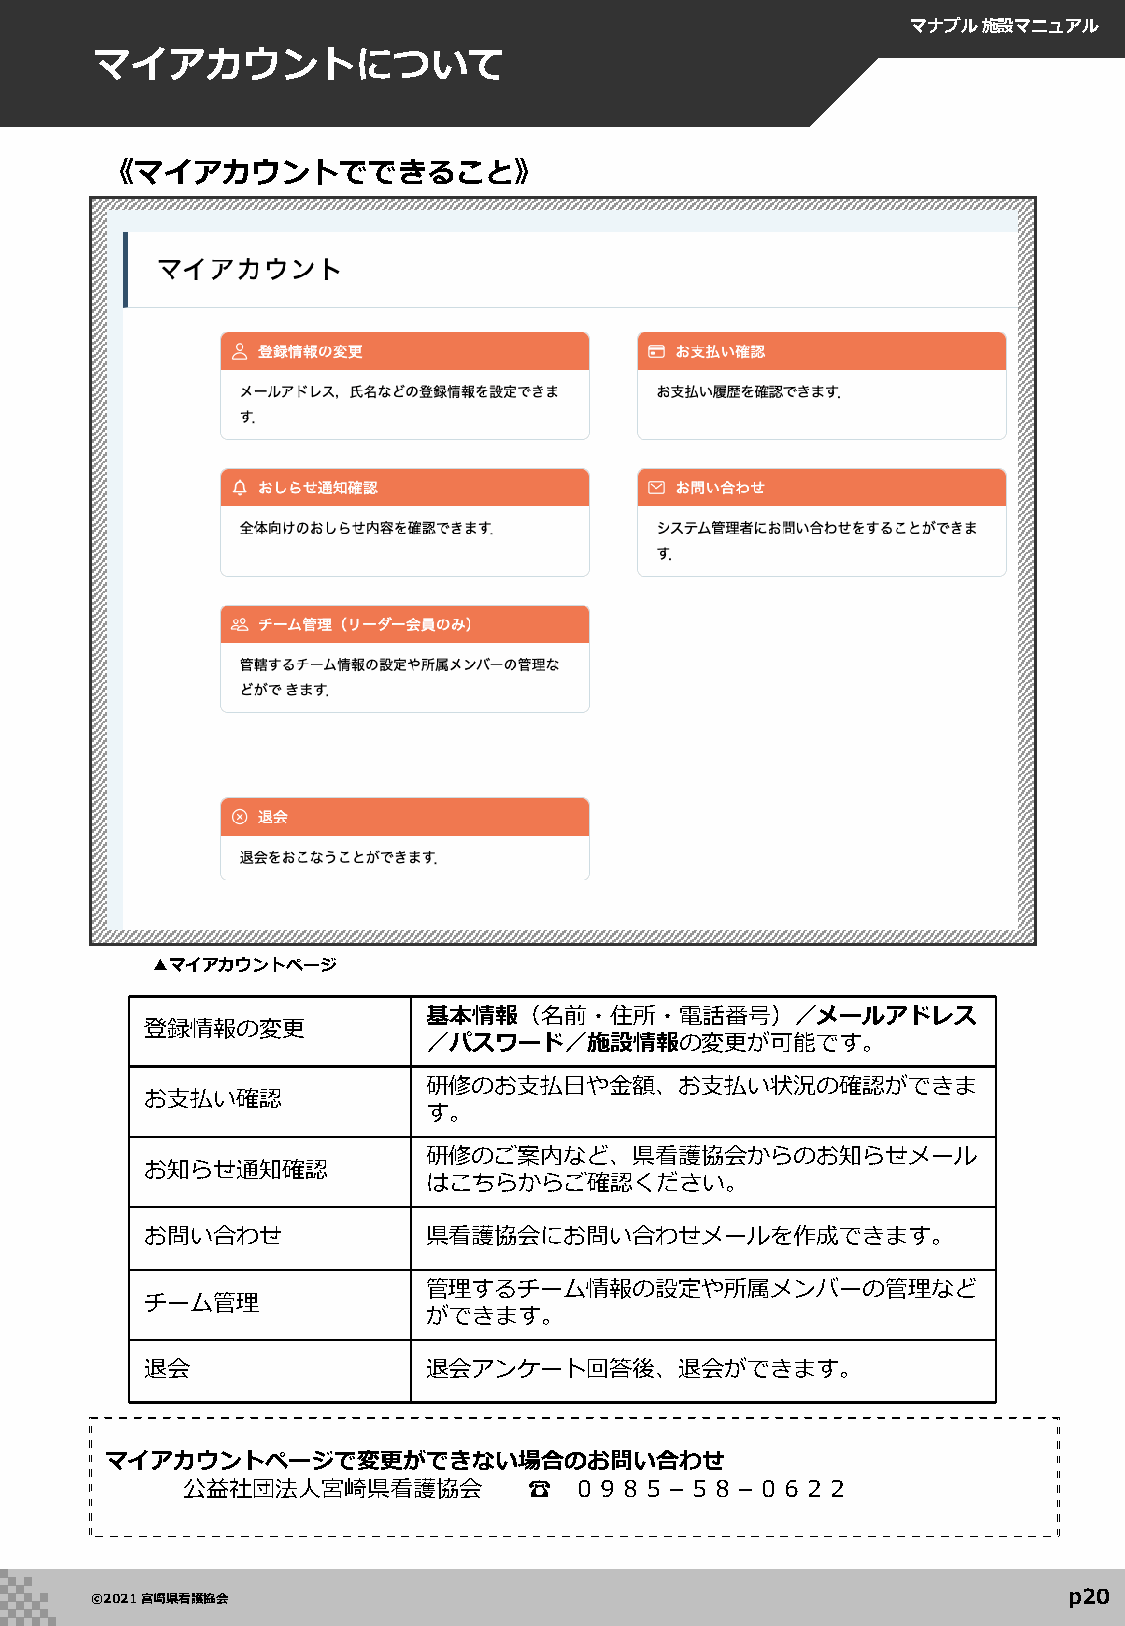
マナブル施設マニュアル
 マイアカウントについて
 《マイアカウントでできること》
 ▲マイアカウントページ
 基本情報（名前・住所・電話番号）／メールアドレス
 登録情報の変更
 ／パスワード／施設情報の変更が可能です。
 研修のお支払日や金額、お支払い状況の確認ができま
 お支払い確認
 す。
 研修のご案内など、県看護協会からのお知らせメール
 お知らせ通知確認
 はこちらからご確認ください。
 お問い合わせ            県看護協会にお問い合わせメールを作成できます。
 管理するチーム情報の設定や所属メンバーの管理など
 チーム管理
 ができます。
 退会                退会アンケート回答後、退会ができます。
 マイアカウントページで変更ができない場合のお問い合わせ
 公益社団法人宮崎県看護協会          ☎  ０９８５－５８－０６２２
 p20
 ©2021 宮崎県看護協会